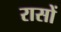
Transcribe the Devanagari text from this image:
रासों